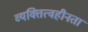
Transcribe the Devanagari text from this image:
व्यक्तित्वहीनता